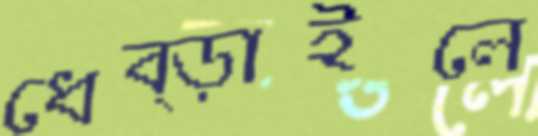
ধেব্‌ড়াইলে